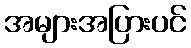
အများအပြားပင်